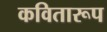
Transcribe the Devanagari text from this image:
कवितारूप